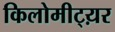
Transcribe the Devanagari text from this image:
किलोमीट्य़र